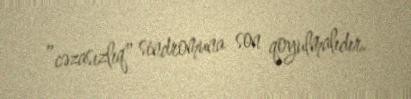
”cəzasızlıq" sindromuna son qoyulmalıdır.